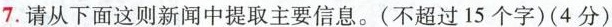
7. 请从下面这则新闻中提取主要信息。(不超过15个字)(4分)